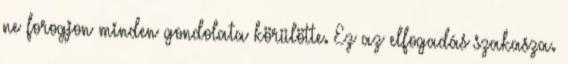
ne forogjon minden gondolata körülötte. Ez az elfogadás szakasza.